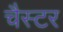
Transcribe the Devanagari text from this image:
चैस्टर